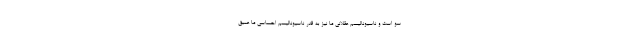
سو است و ناسیونالیسم عقلانی ما نیز به قدر ناسیونالیسم احساسی ما عمیق